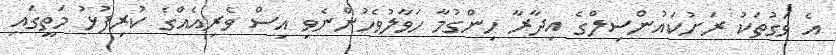
އެ ވަގުތަކު ރަށުކައުންސިލްގެ އިދާރާ ހިންގުމާ ހަވާލުވެހުންނެވި އިސް ވެރިއެއްގެ ކުރިފުޅު މަތީގައި